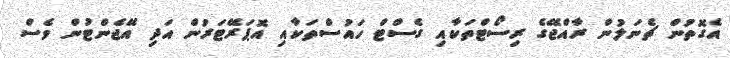
އެގޮތުން ޗެނަލުން ރާއްޖޭގެ ރިސޯޓްތަކާއި ގެސްޓް ހައުސްތަކާއި އޮޕަރޭޓަރުން އަދި އޭޖެންޓުން ވެސް